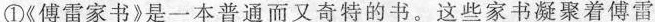
①《傅雷家书》是一本普通而又奇特的书。这些家书凝聚着傅雷